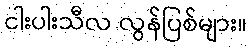
ငါးပါးသီလ လွန်ပြစ်များ။